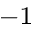
^ { - 1 }